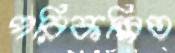
পরিকল্পিত